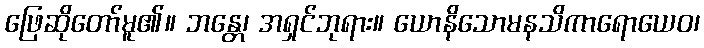
ဖြေဆိုတော်မူ၏။ ဘန္တေ၊ အရှင်ဘုရား။ ယောနိသောမနသိကာရောယေဝ၊